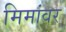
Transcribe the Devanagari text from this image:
मिमांवर